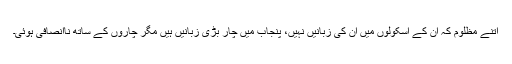
اتنے مظلوم کہ ان کے اسکولوں میں ان کی زبانیں نہیں، پنجاب میں چار بڑی زبانیں ہیں مگر چاروں کے ساتھ ناانصافی ہوئی۔